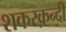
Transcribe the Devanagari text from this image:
शकरक़न्दी